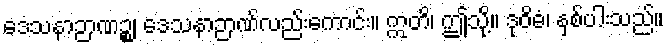
ဒေသနာဉာဏဉ္စ၊ ဒေသနာဉာဏ်လည်းကောင်း။ ဣတိ၊ ဤသို့။ ဒုဝိဓံ၊ နှစ်ပါးသည်။